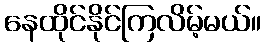
နေထိုင်နိုင်ကြလိမ့်မယ်။